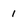
Character: 1